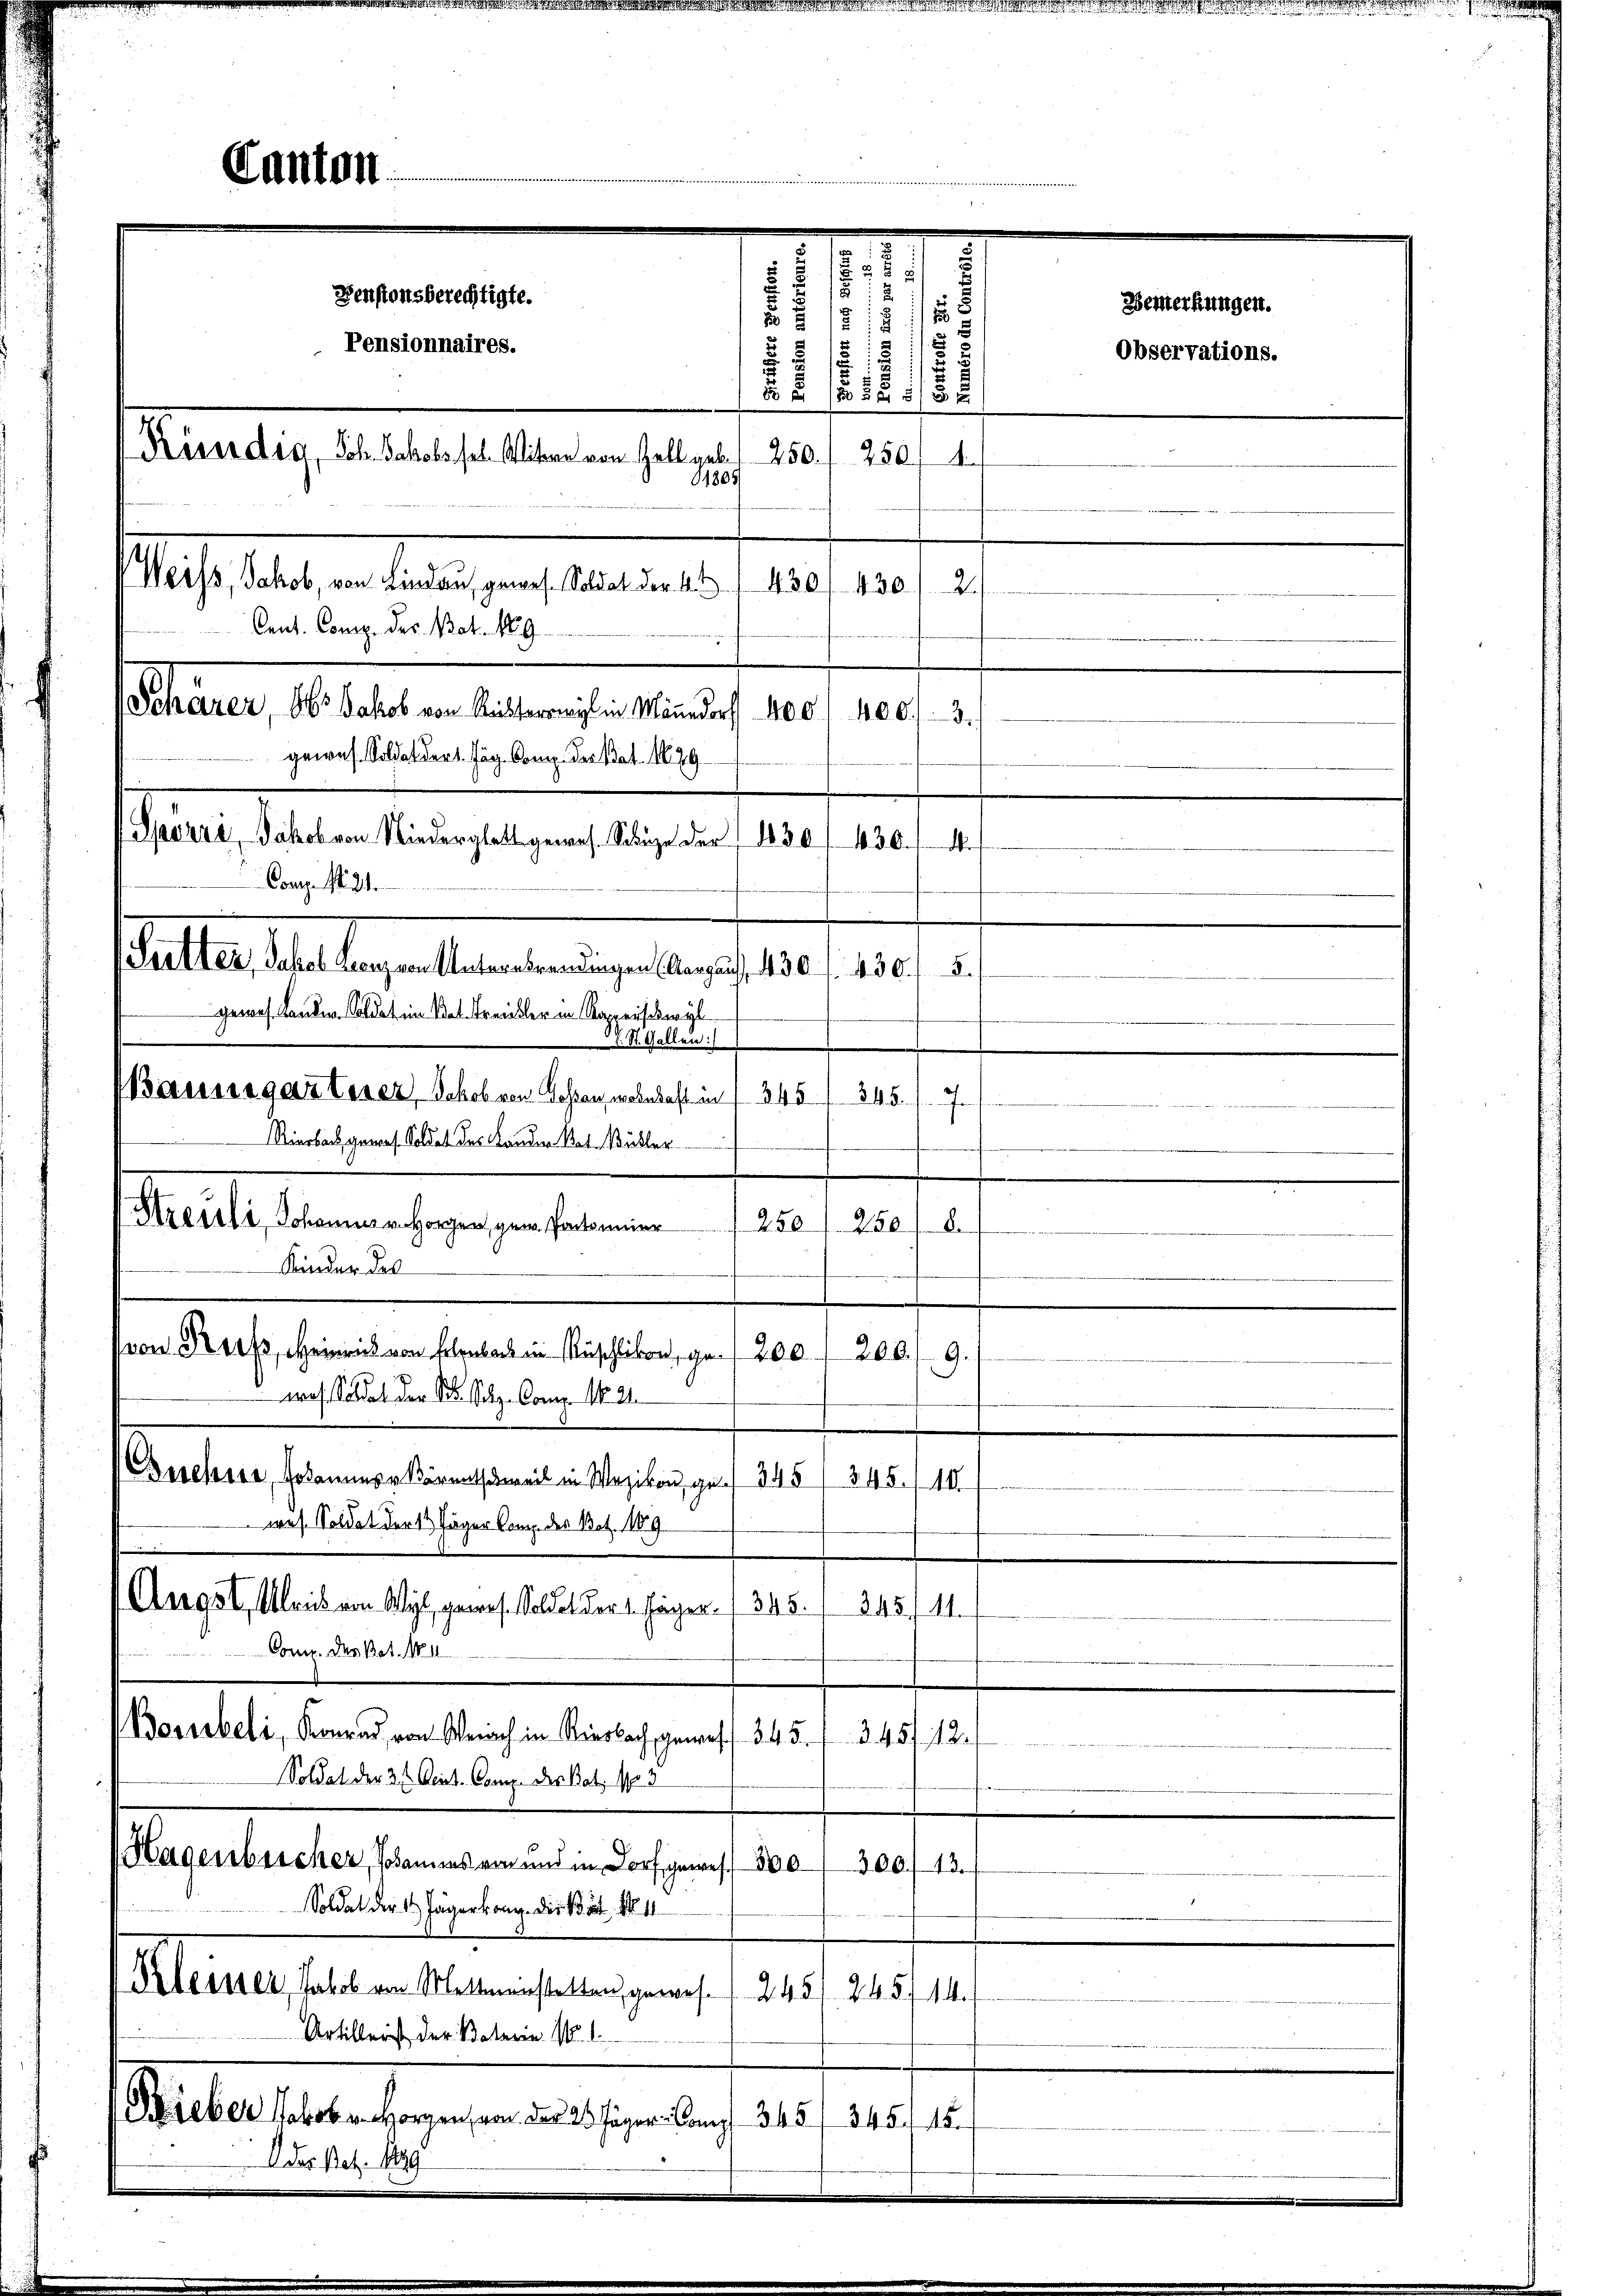
Canton

2
z
Denstonsberechtigte.
.

8

Reserdig, Joh. Jakobs sel. Witwe von Zoll geb. 250. 250 f 4
1885
Weiss, Jakob, von Lindau, gewes. Soldat der 43. 430 f 430. 2.
Cent. Comp. des Bat. 189
Schärer, 15. Jakob von Richterwil in Mänedorf 400
gewes. Soldat der 1. Jäg. Comp. Der hat. 1879

Spörri, Jakob von Niederglatt gewes. Sänge der 1830

Pensionnaires.

4a. O.
Comp. N. 21.
Setter, Jahel Leonz von Unterbrandingen (Aargauf 430 f. 430 f 5
gewes. Lande. Soldat in Vol. Freiller in Kapperswyl
 E. St. Gallen:
aussegarterer Schob von Gossen wohnhaft in § 345. 345.
Rierbach, gewes. Soldet des Lander Rat. Bühler
Streuli Johanner Horgen, gem. Partonier
250 f. 280 f.
Kinder des
von, Heinrich von in Rüschlikon, 200. 200. 9.
woh Soldat der St. Schr. Comp. N. 21.
Beschere, sodammer Kärntheil in Wezikon, ges. 345/ 345. 10.
wes. Soldat der 13 Jäger Comp. des Bat. 1109.
Angst, Ulrich von Wyl, gewes. Soldet der 1. Jäger 1 345.
245./14.
Comp. der Bat. 111
d
Borubeli, Konrad von Weiach in Riesbach gewes. 345. 345. 12.
Soldat der 2 t Seit. Comp. des Bat. No 3
Hagenblicher, Johannes von und in Dorf gewes 300
300. 13.
Soldat der 14 Jägerkong. Die Bat. N. 11
Kleiner, Jakob von Mettmenstetten gewes. 245/ 245. 14.
Artillerst der Vaterin. No. 1.
Sieber Jakob Horgen von der 2 Jäger Camp 345/ 345. 15.
Oder Bez. Mag

e
1

430.
e
7

Bemerkungen.
Observations.